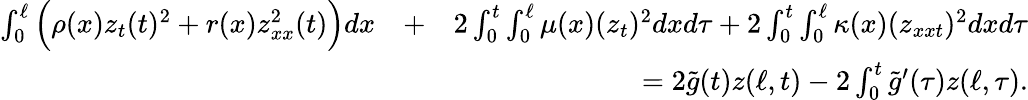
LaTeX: \begin{array}{rlr}{\int_{0}^{\ell}\Big(\rho(x)z_{t}(t)^{2}+r(x)z_{xx}^{2}(t)\Big)dx}&{+}&{2\int_{0}^{t}\int_{0}^{\ell}\mu(x)(z_{t})^{2}dxd\tau+2\int_{0}^{t}\int_{0}^{\ell}\kappa(x)(z_{xxt})^{2}dxd\tau}\\ &{}&{=2\tilde{g}(t)z(\ell,t)-2\int_{0}^{t}\tilde{g}^{\prime}(\tau)z(\ell,\tau).}\end{array}